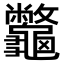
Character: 龞